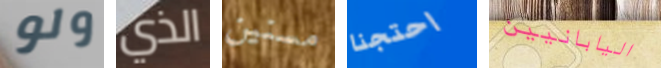
ولو الذي مسنين احتجنا اليابانيين